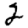
Digit: 2